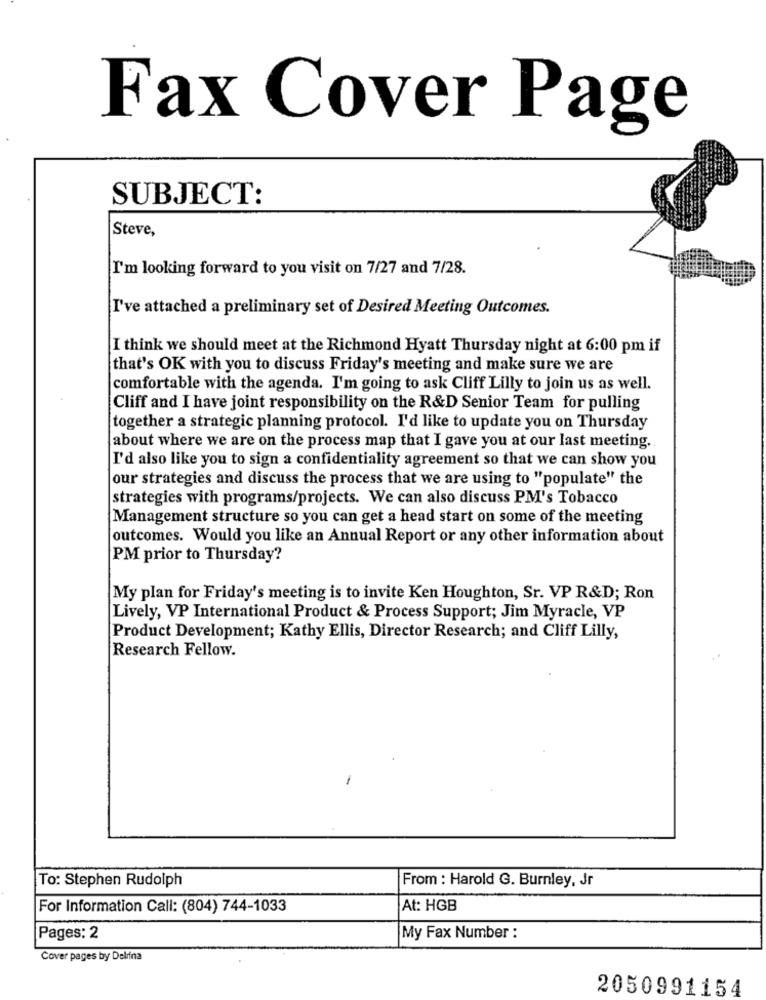
Fax Cover Page
SUBJECT:
Steve,
I'm looking forward to you visit on 7/27 and 7/28.
I've attached a preliminary set of Desired Meeting Outcomes.
I think we should meet at the Richmond Hyatt Thursday night at 6:00 pm if
that's OK with you to discuss Friday's meeting and make sure we are
comfortable with the agenda. I'm going to ask Cliff Lilly to join us as well.
Cliff and I have joint responsibility on the R&D Senior Team for pulling
together a strategic planning protocol. I'd like to update you on Thursday
about where we are on the process map that I gave you at our last meeting.
I'd also like you to sign a confidentiality agreement so that we can show you
our strategies and discuss the process that we are using to "populate" the
strategies with programs/projects. We can also discuss PM's Tobacco
Management structure so you can get a head start on some of the meeting
outcomes. Would you like an Annual Report or any other information about
PM prior to Thursday?
My plan for Friday's meeting is to invite Ken Houghton, Sr. VP R&D; Ron
Lively, VP International Product & Process Support; Jim Myracle, VP
Product Development; Kathy Ellis, Director Research; and Cliff Lilly,
Research Fellow.
To: Stephen Rudolph
From : Harold G. Burnley, Jr
For Information Call: (804) 744-1033
At: HGB
Pages: 2
My Fax Number :
Cover pages by Delrina
2050991154